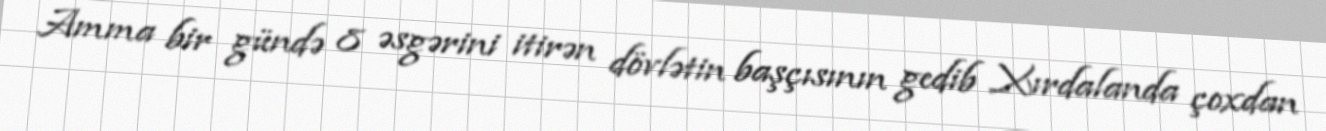
Amma bir gündə 8 əsgərini itirən dövlətin başçısının gedib Xırdalanda çoxdan